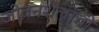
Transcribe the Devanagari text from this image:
जीवनशैलींची